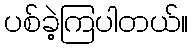
ပစ်ခဲ့ကြပါတယ်။